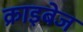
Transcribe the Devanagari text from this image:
क्राइबेज